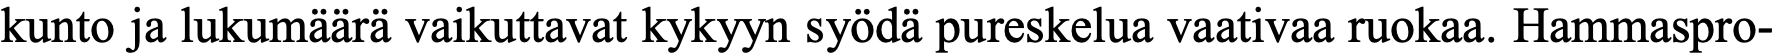
kunto ja lukumäärä vaikuttavat kykyyn syödä pureskelua vaativaa ruokaa. Hammaspro-